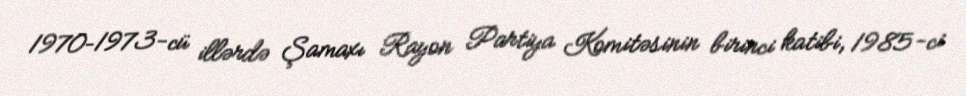
1970–1973-cü illərdə Şamaxı Rayon Partiya Komitəsinin birinci katibi, 1985-ci